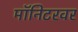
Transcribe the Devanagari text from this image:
मॉनिटरवर